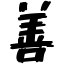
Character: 善